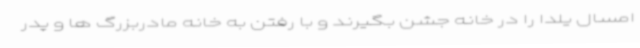
امسال یلدا را در خانه جشن بگیرند و با رفتن به خانه مادربزرگ ها و پدر